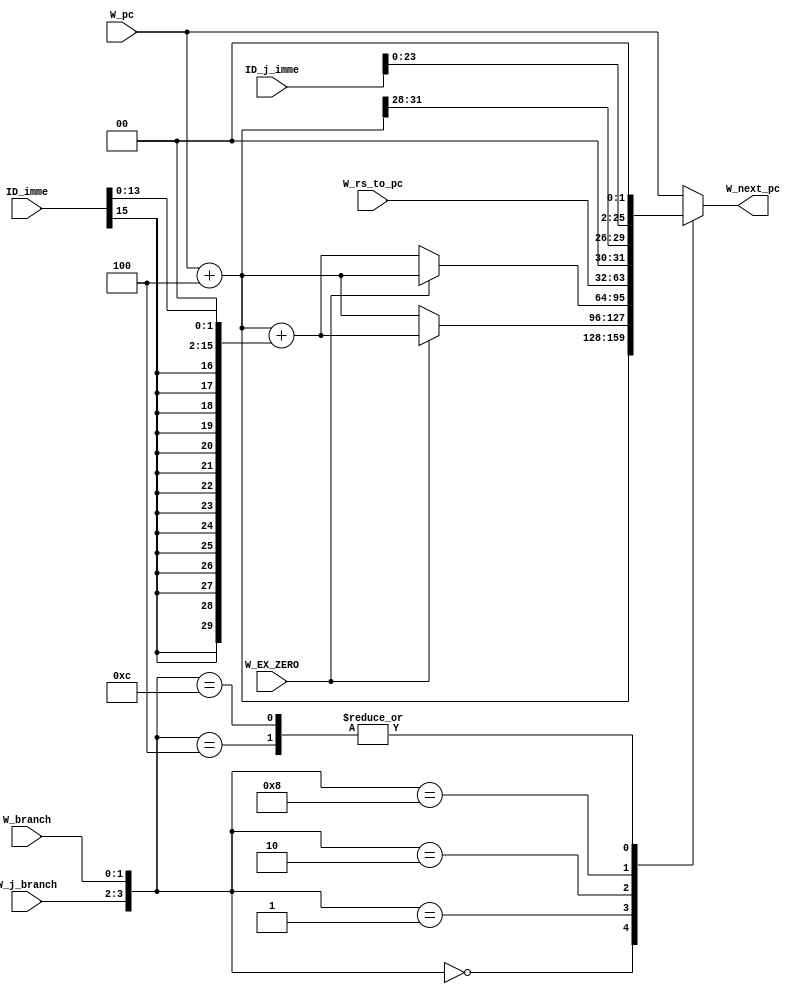
`timescale 1ns / 1ps
//////////////////////////////////////////////////////////////////////////////////
// Company: 
// Engineer: 
// 
// Design Name: 
// Module Name: PCAdd4
// Project Name: 
// Target Devices: 
// Tool Versions: 
// Description: 
// 
// Dependencies: 
// 
// Revision:
// Revision 0.01 - File Created
// Additional Comments:
// 
//////////////////////////////////////////////////////////////////////////////////


module PCAdd4(
        input wire [1:0] W_j_branch,
        input wire[1:0] W_branch,
        input wire W_EX_ZERO,
        input wire [31:0] W_pc,
        input wire [15:0] ID_imme,
        input wire [25:0] ID_j_imme,
        input wire [31:0] W_rs_to_pc,
        output reg [31:0] W_next_pc
    );

    wire [31:0] W_add4_pc;
    assign W_add4_pc = W_pc + 32'd4;

    always @(*) begin
        case ({W_j_branch, W_branch})
            4'b00_00: begin 
                // add4
                W_next_pc <= W_add4_pc;
            end

            4'b00_01: begin
                // beq
                W_next_pc <= (W_EX_ZERO == 1'b1) ? W_add4_pc + {{14{ID_imme[15]}}, (ID_imme << 2)} : W_add4_pc;
            end

            4'b00_10: begin
               // bne
                W_next_pc <= (W_EX_ZERO != 1'b1) ?  W_add4_pc + {{14{ID_imme[15]}}, (ID_imme << 2)} : W_add4_pc;
            end

            4'b01_00: begin
                // j
                W_next_pc <= {W_add4_pc[31:28], (ID_j_imme << 2)};
            end

            4'b10_00: begin
                // jr
                W_next_pc <= W_rs_to_pc;
            end

            4'b11_00: begin
                // jal
                W_next_pc <= {W_add4_pc[31:28], (ID_j_imme << 2)};
            end

            default: begin
                W_next_pc <= W_pc;
            end
        endcase
    end

endmodule